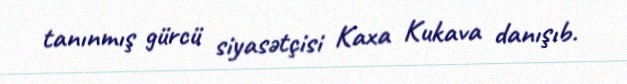
tanınmış gürcü siyasətçisi Kaxa Kukava danışıb.